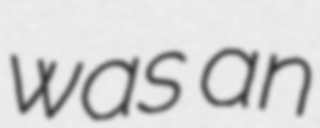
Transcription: was an